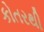
કોતરથી